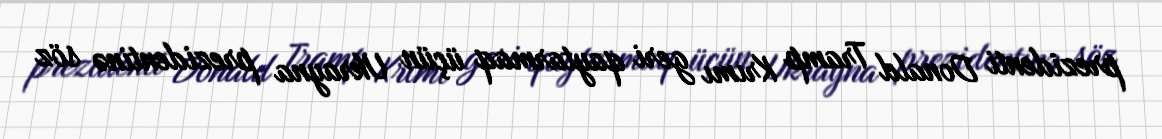
prezidenti Donald Tramp Krımı geri qaytarmaq üçün Ukrayna prezidentinə söz